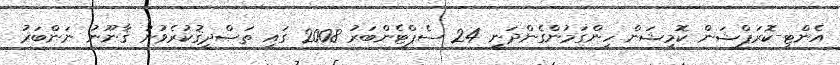
އެންޓި-ކޮރަޕްޝަން ކޮމިޝަން ހިންގަމުންގެންދަނީ 24 ސެޕްޓެންބަރު 2008 ގައި ތަޞްދީޤުކުރެވުނު ޤާނޫނު ނަންބަރު